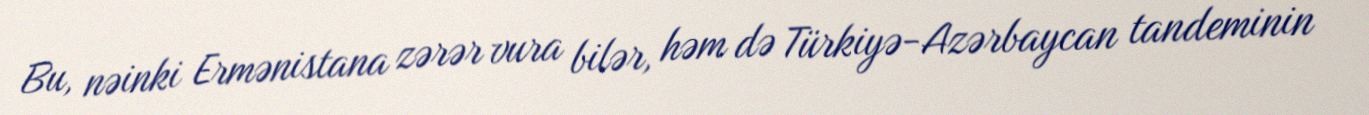
Bu, nəinki Ermənistana zərər vura bilər, həm də Türkiyə-Azərbaycan tandeminin